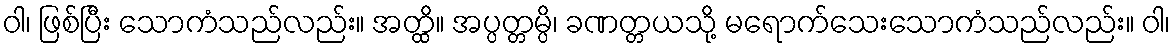
ဝါ၊ ဖြစ်ပြီး သောကံသည်လည်း။ အတ္ထိ။ အပ္ပတ္တမ္ပိ၊ ခဏတ္တယသို့ မရောက်သေးသောကံသည်လည်း။ ဝါ၊